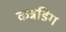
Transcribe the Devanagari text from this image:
कन्नडिग